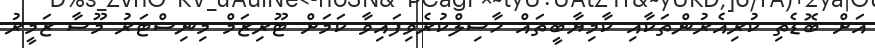
އަށް ބޮޑެތި ކުރިއެރުންތަކާއި ކާމިޔާބީތައް ހާސިލްކުރެވިފައިވާ ކަމަށް ޓޫރިޒަމް މިނިސްޓަރު މޫސާ ޒަމީރު